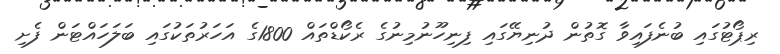
ރިޕޯޓުގައި ބުނެފައިވާ ގޮތުން ދުނިޔޭގައި ފިނިހޫނުމިނުގެ ރެކޯޑްތައް 1800ގެ އަހަރުތަކުގައި ބަލަހައްޓަން ފެށި